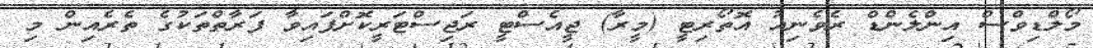
މޯލްޑިވްސް އިންލެންޑް ރެވެނިއު އޮތޯރިޓީ (މީރާ) ޖީއެސްޓީ ރަޖިސްޓަރީކޮށްފައިވާ ފަރާތްތަކުގެ ތެރެއިން މި